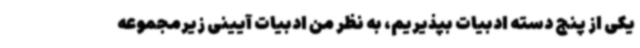
یکی از پنج دسته ادبیات بپذیریم، به نظر من ادبیات آیینی زیرمجموعه